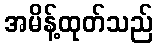
အမိန့်ထုတ်သည်